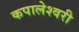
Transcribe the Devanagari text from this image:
कपालेश्वरी